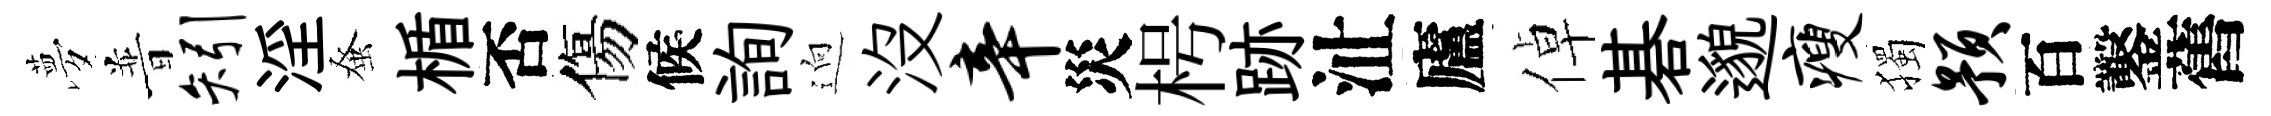
夢普矧淫𫊫楯否傷候詢逈没辛災枵跡沚廬倬碁邈瘦獨预百鑿舊